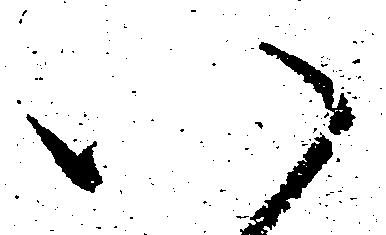
八